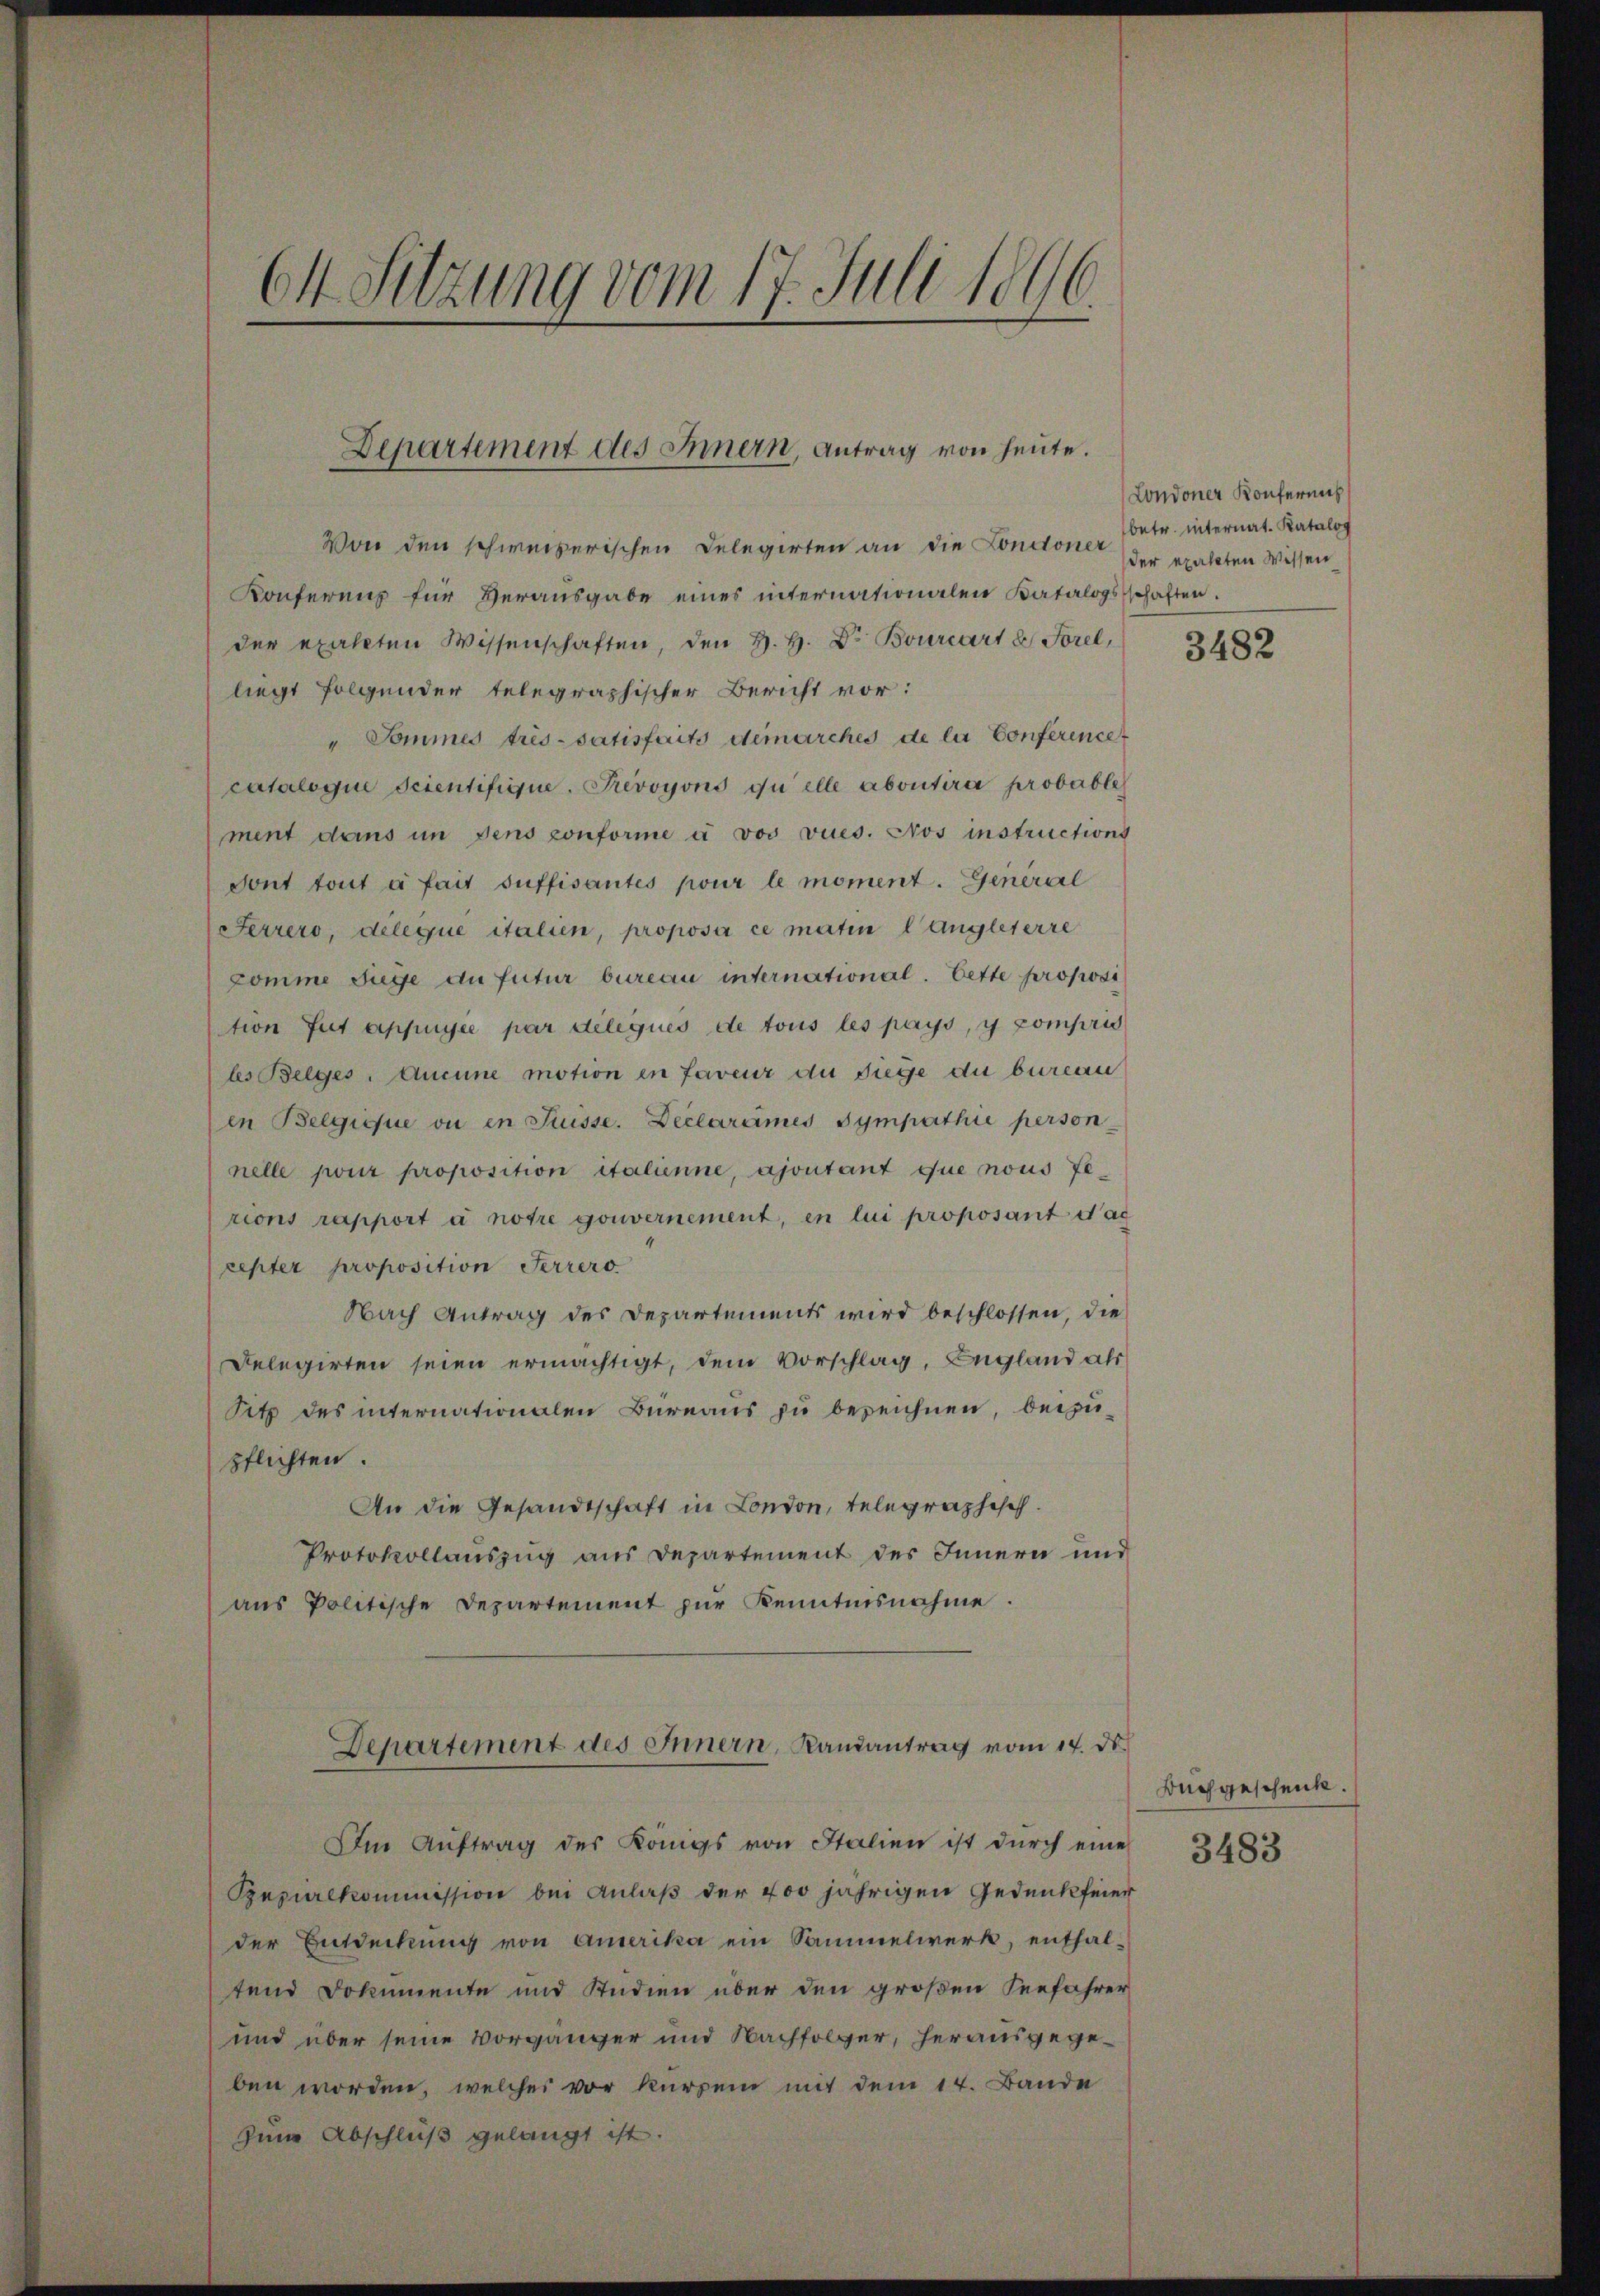
64 Sitzung vom 17. Juli 1896.

Departement des Innern, Antrag von heute.

Von den schweizerischen Delegirten an die Condoner
Konferenz für Herausgabe eines internationalen Katalogsschaften.
der exakten Wissenschaften, den H. H. Dr. Bourcart 2 Forel,
liegt folgender telegraphischer Bericht vor:
" Sommes très-satisfaits demarches de la Conference
cataloque seientifigne. Prevoyons quelle abontire probableh
ment dans in dens conforme à vos vues. Pros instructions
Sont tout à fait suffisantes pour le moment. General
Ferrero, déleque italsen, proposi ce maten langleterre
komme Juge du futur bureau international. Vette proposi
tion fut appuyée par deliques de tous les pays, y compris
ls Belges. Aucune motion in faveur du Siege du bureau
in Belgique ou en Suisse. Declarames Sympathie person
nelle pour proposition italienne, ajoutant que nous Terions rapport à notre gouvernement, in lui proposant d’ac
cepter proposition Ferrero
Nach Antrag des Departements wird beschlossen, die
Delegirten seien ermächtigt, dem Vorschlag, England als
Sitz des internationalen Büreaus zu bereichnen, beizupflichten.
An die Gesandtschaft in London, telegraphisch.
Protokollauszug aus Departement des Innern und
aus Politische Departement zur Kenntnisnahme.

Departement des Innern, Randantrag vom 14. ds.

Im Aŭftrag des Königs von Italien ist durch eine
Pepurekommission bei Anlaß der 400 jährigen Gedenkfeier
der Entdeckung von Amerika ein Sammelwerk, enthal-
tend Dokumente und Studien über den großen Seefahrer
und über seine Vorgänger und Nachfolger, herausgegeben worden, welches vor kurzem mit dem 14. Bande
zum Abschluß gelangt ist.

Londoner Konferneh
betr. internat. Katalog
der exakten Wissen

3482

Auch geschenk.

3483